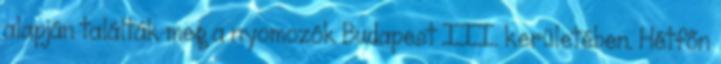
alapján találták meg a nyomozók Budapest III. kerületében. Hétfőn